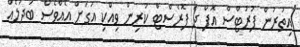
އިތުރުން ފުރުޓްސް އޮފް ދަ ފޮރެސްޓް ކުރިން ވިއްކި އަގަށް އެއްވެސް ބަދަލެއް